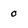
Character: 0